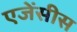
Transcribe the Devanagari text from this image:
एजेंसीस